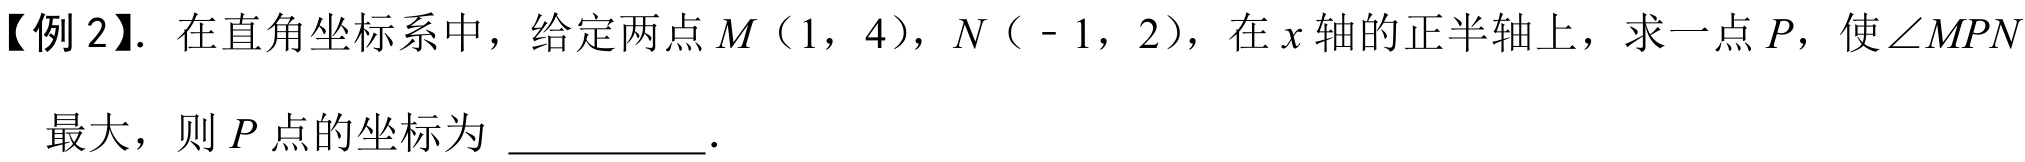
【例 2】. 在直角坐标系中，给定两点 \(M\)（1，4），\(N\)（ - 1，2），在 \(x\) 轴的正半轴上，求一点 \(P\)，使 \(\angle MPN\) 最大，则 \(P\) 点的坐标为 \_\_\_\_\_\_。